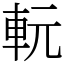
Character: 䡇